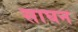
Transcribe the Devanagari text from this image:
साघन